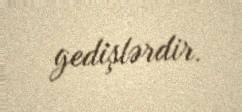
gedişlərdir.